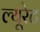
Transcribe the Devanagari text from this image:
ल्यूरेट